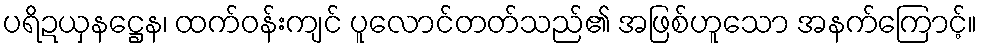
ပရိဍယှနဋ္ဌေန၊ ထက်ဝန်းကျင် ပူလောင်တတ်သည်၏ အဖြစ်ဟူသော အနက်ကြောင့်။